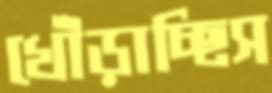
খোঁড়াচ্ছিস